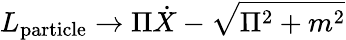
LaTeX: L_{\mathrm{particle}}\to\Pi\dot{X}-\sqrt{\Pi^{2}+m^{2}}